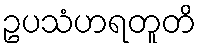
ဥပသံဟရတူတိ